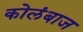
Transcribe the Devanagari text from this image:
कोलंबाज